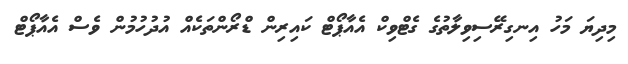
މިދިޔަ މަހު އިނގިރޭސިވިލާތުގެ ގެޓްވިކް އެއާޕޯޓް ކައިރިން ޑްރޯންތަކެއް އުދުހުމުން ވެސް އެއާޕޯޓް